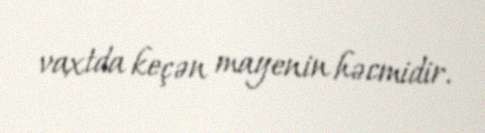
vaxtda keçən mayenin həcmidir.